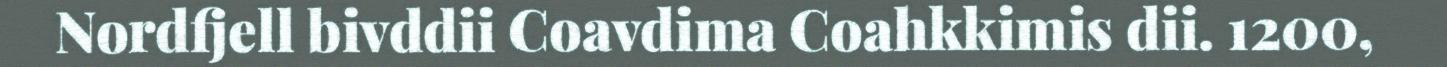
Nordfjell bivddii Coavdima Coahkkimis dii. 1200,